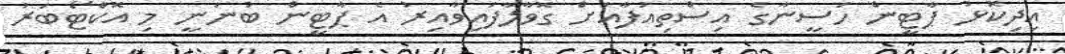
އިދިކޮޅު ޕާޓީން ހަސީނާގެ އިސްތިއުފާއަށް ގޮވާލާފައިވާއިރު އެ ޕާޓީން ބުނަނީ މި އޮކްޓޯބަރު